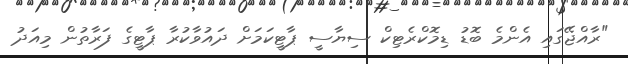
"ރާއްޖޭގައި އެންމެ ބޮޑު ޑިމޮކްރެޓިކް ސިޔާސީ ޕާޓީކަމަށް ދައުވާކުރާ ޕާޓީގެ ފަރާތުން މިއަދު